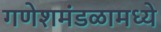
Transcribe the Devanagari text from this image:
गणेशमंडळामध्ये